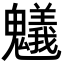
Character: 䰮